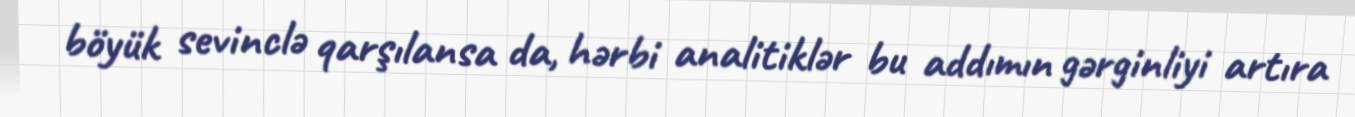
böyük sevinclə qarşılansa da, hərbi analitiklər bu addımın gərginliyi artıra